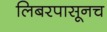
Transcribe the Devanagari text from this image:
लिबरपासूनच